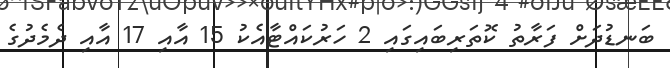
ބަނޑުދަށް ފަރާތު ކޮތަރިބައިގައި 2 ހަރުކައްޓާއެކު 15 އާއި 17 އާއި ދެމެދުގެ